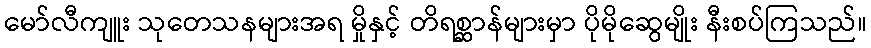
မော်လီကျူး သုတေသနများအရ မှိုနှင့် တိရစ္ဆာန်များမှာ ပိုမိုဆွေမျိုး နီးစပ်ကြသည်။